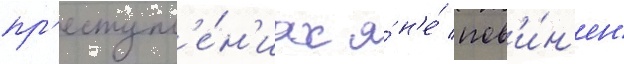
пр'еступл'е́н'иах я́ н'е́ пов'и́н'ен